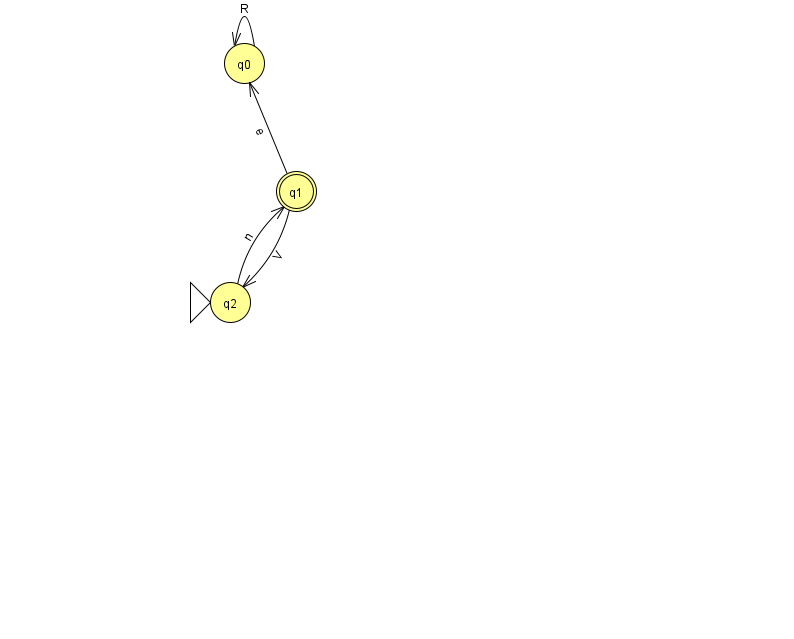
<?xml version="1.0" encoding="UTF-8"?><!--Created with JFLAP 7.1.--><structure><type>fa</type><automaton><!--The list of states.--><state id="0" name="q0"><x>244.0</x><y>50.0</y></state><state id="1" name="q1"><x>296.0</x><y>178.0</y><final/></state><state id="2" name="q2"><x>230.0</x><y>289.0</y><initial/></state><!--The list of transitions.--><transition><from>1</from><to>2</to><read>V</read></transition><transition><from>0</from><to>0</to><read>R</read></transition><transition><from>1</from><to>0</to><read>e</read></transition><transition><from>2</from><to>1</to><read>n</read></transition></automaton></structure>